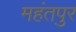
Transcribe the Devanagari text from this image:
महंतपुर